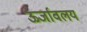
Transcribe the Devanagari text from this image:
ऊर्जावलय